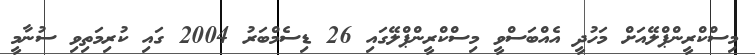
މިސްކްރީންޕްލޭއަށް މަހުދީ އެއްބަސްވީ މިސްކްރީންޕްލޭގައި 26 ޑިސެމްބަރު 2004 ގައި ކުރިމަތިވި ސުނާމީ